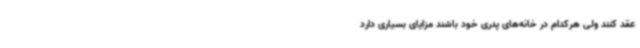
عقد کنند ولی هرکدام در خانه‌های پدری خود باشند مزایای بسیاری دارد